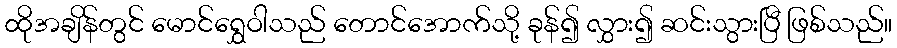
ထိုအချိန်တွင် မောင်ရွှေဝါသည် တောင်အောက်သို့ ခုန်၍ လွှား၍ ဆင်းသွားပြီ ဖြစ်သည်။